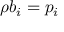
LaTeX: \rho b _ { i } = p _ { i } \,